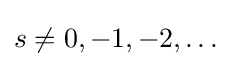
s\neq 0,-1,-2,\dots